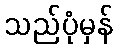
သည်ပုံမှန်